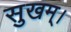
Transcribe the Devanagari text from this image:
सुखम्।